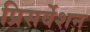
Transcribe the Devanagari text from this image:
प्रिसर्वेशन